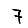
Digit: 7